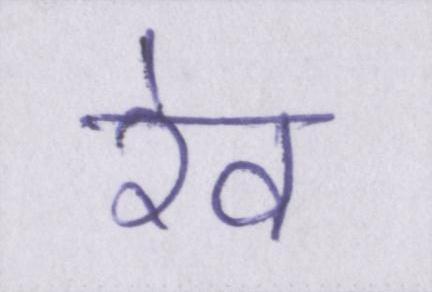
रेव